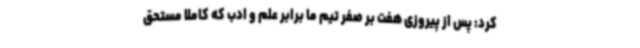
کرد: پس از پیروزی هفت بر صفر تیم ما برابر علم و ادب که کاملا مستحق